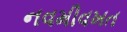
નવમીવખત